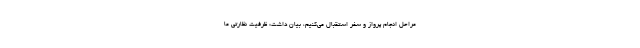
مراحل انجام پرواز و سفر استقبال می‌کنیم، بیان داشت: ظرفیت نظارتی ما